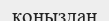
қоңыздан